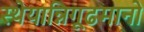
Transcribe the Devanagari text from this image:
स्थेयान्निगूढमानो